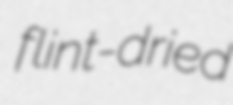
flint-dried